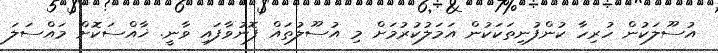
އުސޫލަކުން ހުރިހާ ކުންފުނިތަކަކުން އަމަލުކުރުމަށް މި އުސޫލުތައް ފޮނުވާފައި ވާނީ. ޚާއްސަކޮށް މައްސަލަ